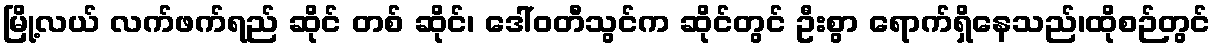
မြို့လယ် လက်ဖက်ရည် ဆိုင် တစ် ဆိုင်၊ ဒေါ်ဝတီသွင်က ဆိုင်တွင် ဦးစွာ ရောက်ရှိနေသည်၊ထိုစဉ်တွင်